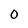
Character: 0